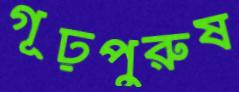
গূঢ়পুরুষ